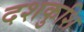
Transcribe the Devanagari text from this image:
दशकुशि